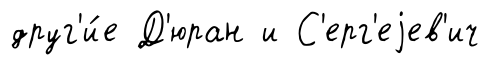
друг'и́е Д'юран и С'ерг'еjев'ич